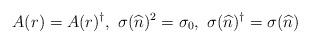
LaTeX: \begin{align*}A(r) = A(r)^\dagger,~\sigma(\widehat{n})^2 = \sigma_0,~\sigma(\widehat{n})^\dagger = \sigma(\widehat{n}) \end{align*}